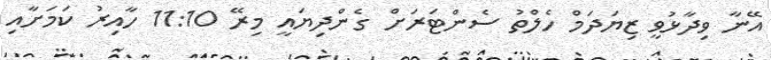
އޭނާ ވިދާޅުވީ ޒިޔަދަމް ހެލްތު ސެންޓަރަށް ގެންދިޔައީ މިރޭ 11:10 ހާއިރު ކަމަށާއި